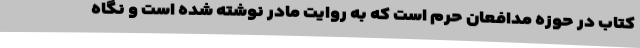
کتاب در حوزه مدافعان حرم است که به روایت مادر نوشته شده است و نگاه